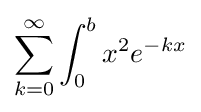
\sum _{k=0}^{\infty }\int _{0}^{b}x^{2}e^{-kx}